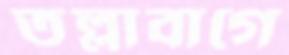
তল্লাবাগে